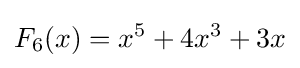
F_{6}(x)=x^{5}+4x^{3}+3x